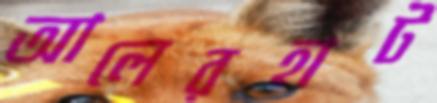
আলেরহাট